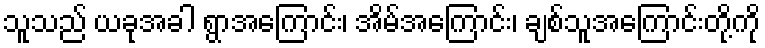
သူသည် ယခုအခါ ရွာအကြောင်း၊ အိမ်အကြောင်း၊ ချစ်သူအကြောင်းတို့ကို